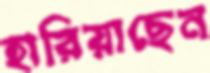
হারিয়াছেন